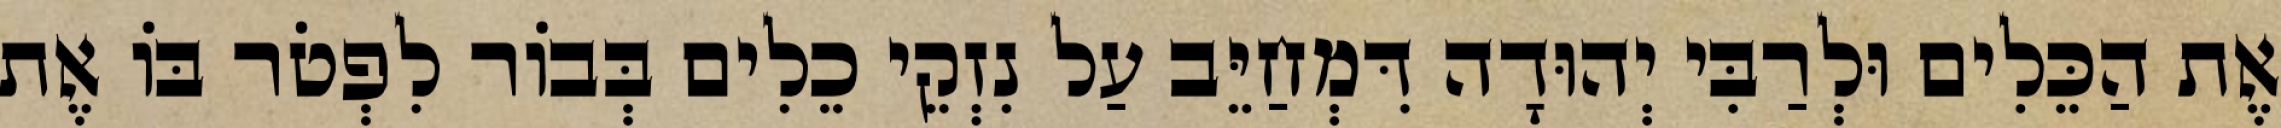
אֶת הַכֵּלִים וּלְרַבִּי יְהוּדָה דִּמְחַיֵּב עַל נִזְקֵי כֵלִים בְּבוֹר לִפְטֹר בּוֹ אֶת